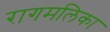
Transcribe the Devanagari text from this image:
रागमलिका